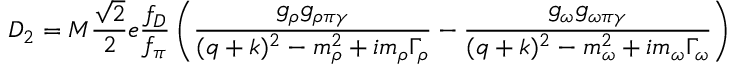
D _ { 2 } = M \frac { \sqrt { 2 } } { 2 } e \frac { f _ { D } } { f _ { \pi } } \left( \frac { g _ { \rho } g _ { \rho \pi \gamma } } { ( q + k ) ^ { 2 } - m _ { \rho } ^ { 2 } + i m _ { \rho } \Gamma _ { \rho } } - \frac { g _ { \omega } g _ { \omega \pi \gamma } } { ( q + k ) ^ { 2 } - m _ { \omega } ^ { 2 } + i m _ { \omega } \Gamma _ { \omega } } \right)